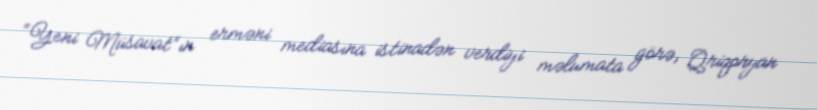
“Yeni Müsavat”ın erməni mediasına istinadən verdiyi məlumata görə, Qriqoryan